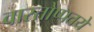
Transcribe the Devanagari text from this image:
वास्तोष्पतये